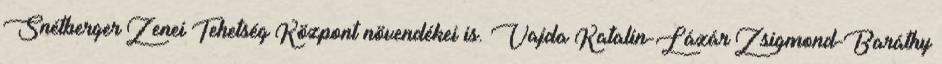
Snétberger Zenei Tehetség Központ növendékei is. Vajda Katalin-Lázár Zsigmond-Baráthy